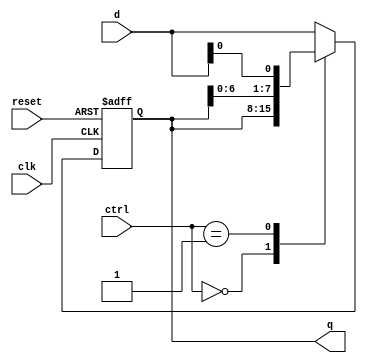
`timescale 1ns / 1ps

// Author Name:     Deepak Lal      041-18-0030 
module universal_ShiftReg
    #(parameter N=8) 
    (
      input wire clk,reset,
      input wire [1:0] ctrl,
      input wire [N-1:0] d, 
      output wire [N-1: 0] q  
    );
    
    //signal declaration
    reg [N-1:0] r_reg, r_next;
    //body
    //register
    always @(posedge clk, posedge reset)
        if (reset)
            r_reg<=0;
        else
            r_reg <= r_next;
            
            
    //next stage logic
    always@ (*)
        case(ctrl)
            2'b00: r_next =r_reg;                              //no op
            2'b01: r_next= {r_reg[N-2:0], d[0]};               //shift left
            2'b01: r_next= {d[N-1],r_reg[N-1:1]};              //shift right
            default: r_next =d;                                //load
            endcase
            //output logic
            assign q= r_reg;
                    
endmodule